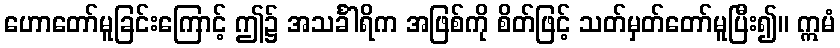
ဟောတော်မူခြင်းကြောင့် ဤ၌ အသင်္ခါရိက အဖြစ်ကို စိတ်ဖြင့် သတ်မှတ်တော်မူပြီး၍။ ဣမံ